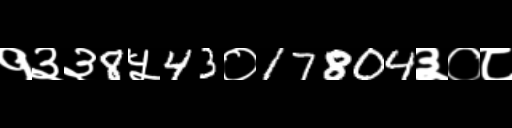
Text: १३३8५43०17804३०८